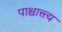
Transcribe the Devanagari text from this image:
पाश्चात्त्त्य